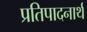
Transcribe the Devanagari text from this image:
प्रतिपादनार्थ